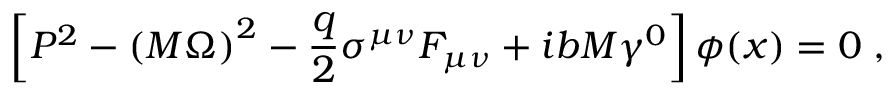
\left[ { \cal P } ^ { 2 } - \left( M \Omega \right) ^ { 2 } - \frac q 2 \sigma ^ { \mu \nu } F _ { \mu \nu } + i b M \gamma ^ { 0 } \right] \phi ( x ) = 0 \; , \; \;